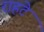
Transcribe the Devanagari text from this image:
राहटे